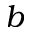
b